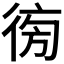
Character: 𢔚